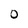
Character: 0